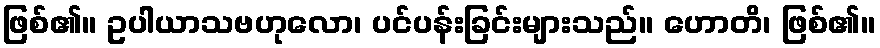
ဖြစ်၏။ ဥပါယာသဗဟုလော၊ ပင်ပန်းခြင်းများသည်။ ဟောတိ၊ ဖြစ်၏။